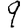
Digit: 9